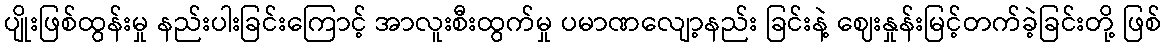
ပျိုးဖြစ်ထွန်းမှု နည်းပါးခြင်းကြောင့် အာလူးစီးထွက်မှု ပမာဏလျော့နည်း ခြင်းနဲ့ ဈေးနှုန်းမြင့်တက်ခဲ့ခြင်းတို့ ဖြစ်